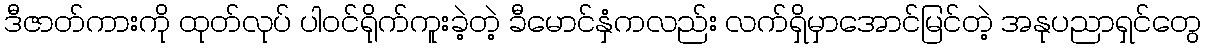
ဒီဇာတ်ကားကို ထုတ်လုပ် ပါဝင်ရိုက်ကူးခဲ့တဲ့ ခီမောင်နှံကလည်း လက်ရှိမှာအောင်မြင်တဲ့ အနုပညာရှင်တွေ